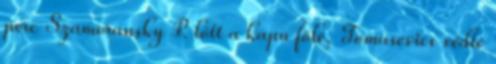
perc Szamoránsky P. lőtt a kapu fölé, Tomasevics védte